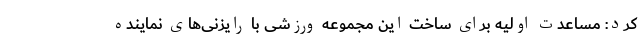
کرد: مساعدت اولیه برای ساخت این مجموعه ورزشی با رایزنی‌های نماینده